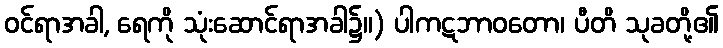
ဝင်ရာအခါ, ရေကို သုံးဆောင်ရာအခါ၌။) ပါကဋဘာဝတော၊ ပီတိ သုခတို့၏